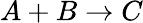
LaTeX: A+B\rightarrow C